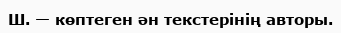
Ш. — көптеген ән текстерінің авторы.